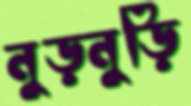
নুড়নুড়ি